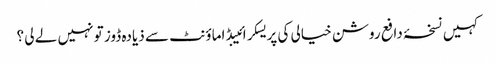
کہیں نسخۂ دافع روشن خیالی کی پریسکرائیبڈ اماؤنٹ سے ذیادہ ڈوز تو نہیں لے لی ؟